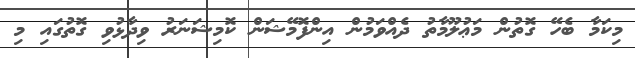
މިކަމާ ބެހޭ ގޮތުން މަޢުލޫމާތު ދެއްވަމުން އިންފޮމޭޝަން ކޮމިޝަނަރު ވިދާޅުވި ގޮތުގައި މި